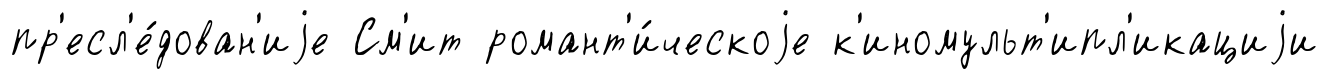
пр'есл'е́дован'иjе См'ит романт'и́ческоjе к'иномульт'ипл'икациjи